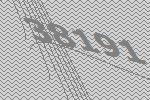
38191